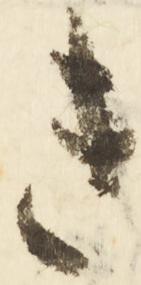
き